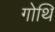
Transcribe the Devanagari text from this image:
गोथि